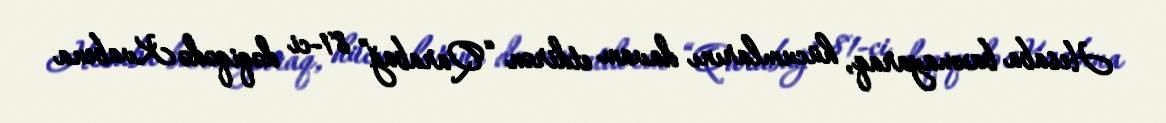
Hesaba baxmayaraq, hücumlarını davam etdirən “Qarabağ” 81-ci dəqiqədə Kvabena